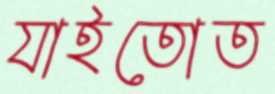
যাইতোত